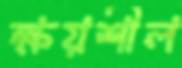
ক্ষয়শীল